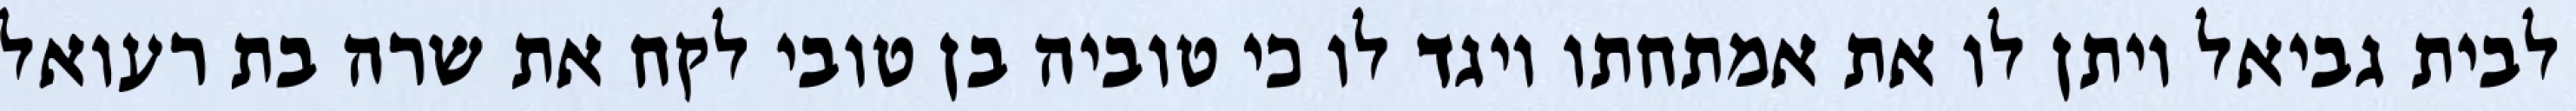
לבית גביאל ויתן לו את אמתחתו ויגד לו כי טוביה בן טובי לקח את שרה בת רעואל